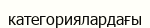
категориялардағы